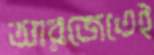
আরজেতেই